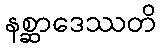
နစ္ဆာဒေဿတိ